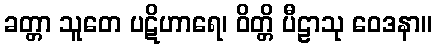
ခတ္တာ သူတေ ပဋိဟာရေ၊ ဝိတ္တိ ပီဠာသု ဝေဒနာ။